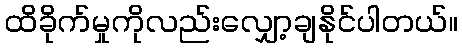
ထိခိုက်မှုကိုလည်းလျှော့ချနိုင်ပါတယ်။